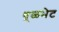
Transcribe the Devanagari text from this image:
धूळभेट